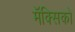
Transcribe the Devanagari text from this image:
मॅक्सिको